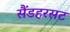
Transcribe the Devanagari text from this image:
सैंडहरसट